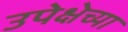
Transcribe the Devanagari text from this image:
उपेक्षेच्या